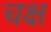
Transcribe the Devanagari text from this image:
चक्ष